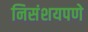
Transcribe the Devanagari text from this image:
निसंशयपणे